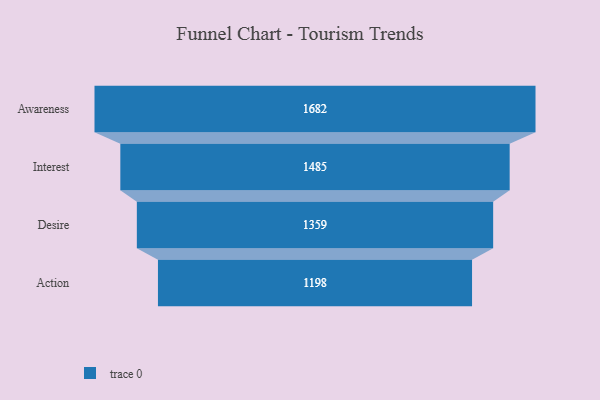
{"axis": {"x": "Stage", "y": "Value"}, "legend": [""], "data": [{"x": "Awareness", "y": 1682.0, "type": ""}, {"x": "Interest", "y": 1485.0, "type": ""}, {"x": "Desire", "y": 1359.0, "type": ""}, {"x": "Action", "y": 1198.0, "type": ""}]}